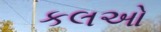
કલઓ